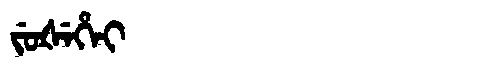
Manchu: ᠵᡠᡧᡝᡥᡝᡳ
Romanization: JUŠEHEI